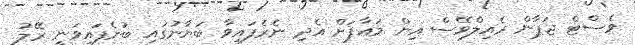
ވެސްޓް ޖަޕާން ރެއިލްވޭސް އިން މަޢާފަށް އެދި ނެރެފައިވާ ބަޔާނުގައި ބުނެފައިވަނީ ރޭލު